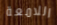
اللامعة